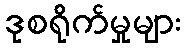
ဒုစရိုက်မှုများ